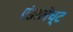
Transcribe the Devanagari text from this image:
एंडरलेच्ट